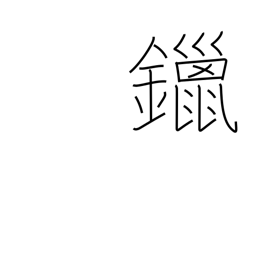
Meaning: solder